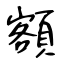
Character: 額